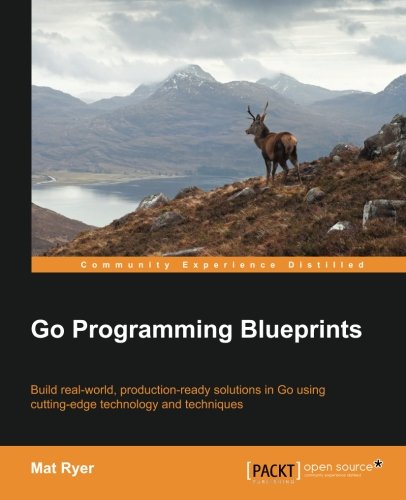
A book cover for Go Programming Blueprints - Solving Development Challenges with Golang; Mat Ryer; Computers & Technology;